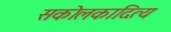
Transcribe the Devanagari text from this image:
सकोलकादित्य